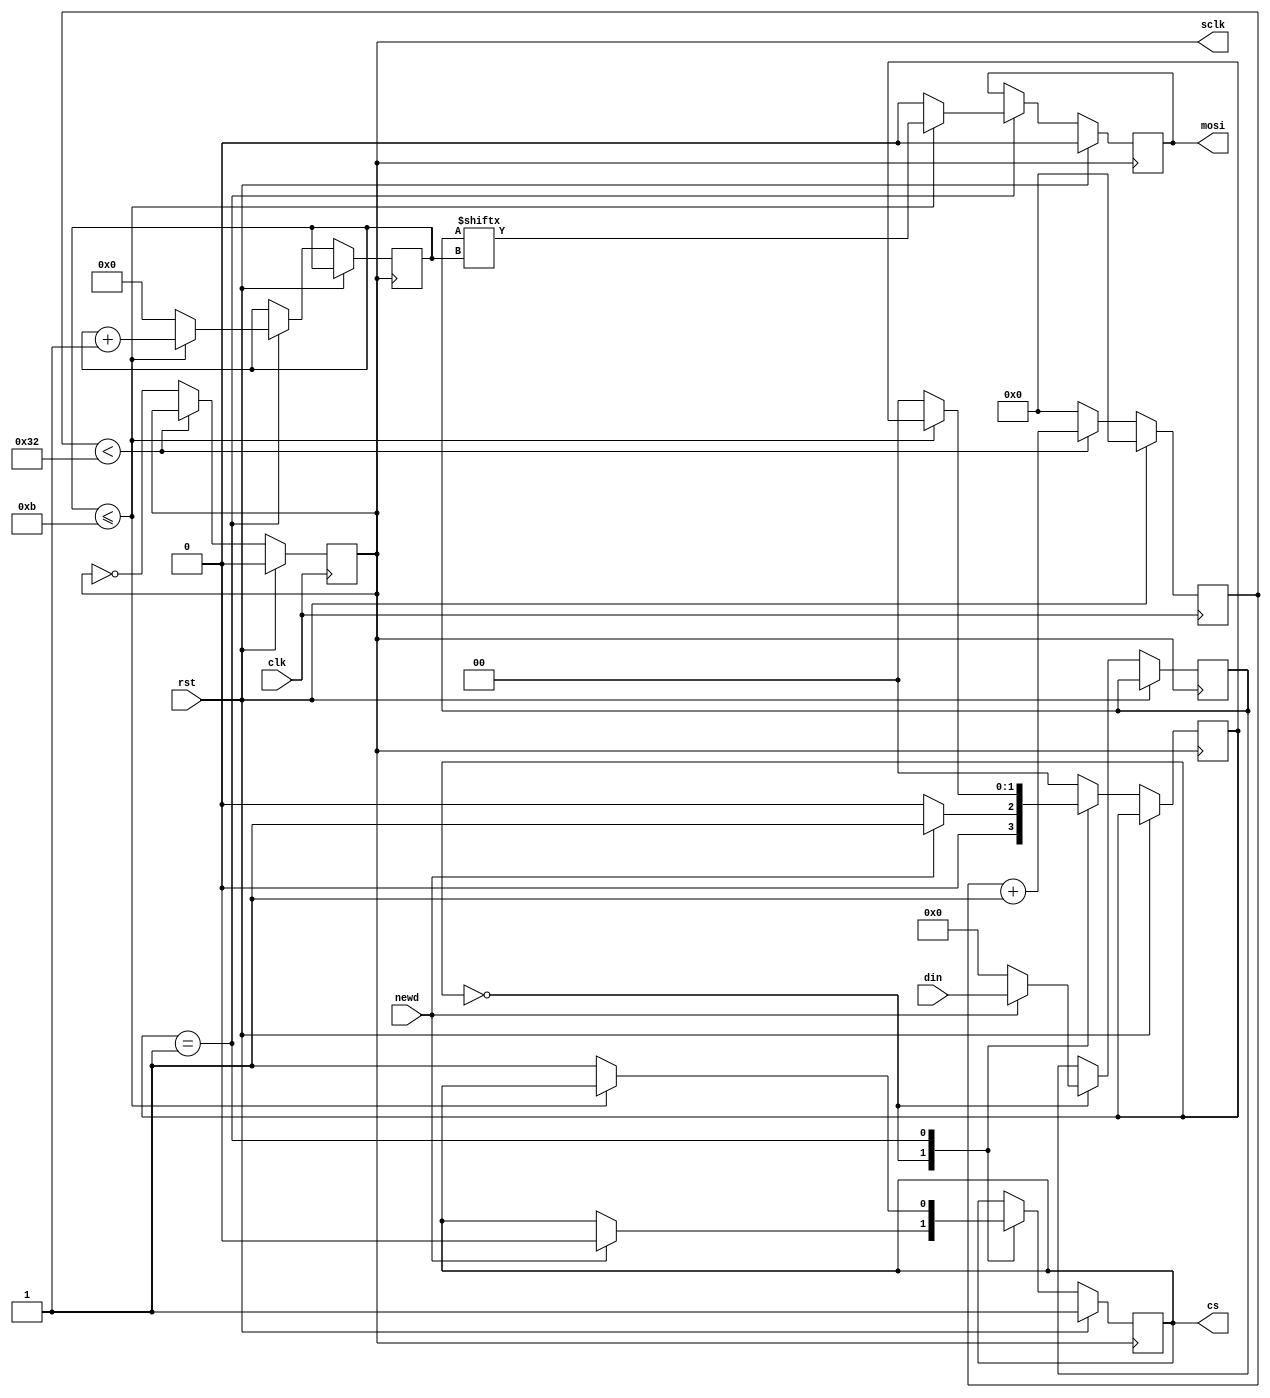
`timescale 1ns / 1ps

 module spi(
input clk, newd,rst,
input [11:0] din, 
output reg sclk,cs,mosi
    );
  
  parameter idle = 2'b00;
  parameter send = 2'b01;
  
  reg [5:0] countc = 0;
  reg [3:0] count = 0;
  
  reg [1:0] state;
 
 //generation of sclk//
 always@(posedge clk)
  begin
    if(rst == 1'b1) begin
      countc <= 0;
      sclk <= 1'b0;
    end
    else begin 
      if(countc < 50 )
          countc <= countc + 1;
      else
          begin
          countc <= 0;
          sclk <= ~sclk;
          end
    end
  end
  
  //state machine//
    reg [11:0] temp;
    
  always@(posedge sclk)
  begin
    if(rst == 1'b1) begin
      cs <= 1'b1; 
      mosi <= 1'b0;
    end
    else begin
     case(state)
         idle:
             begin
               if(newd == 1'b1) begin
                 state <= send;
                 temp <= din; 
                 cs <= 1'b0;
               end
               else begin
                 state <= idle;
                 temp <= 8'h00;
               end
             end
       
       
       send : begin
         if(count <= 11) begin
           mosi <= temp[count]; /////sending lsb first
           count <= count + 1;
         end
         else
             begin
               count <= 0;
               state <= idle;
               cs <= 1'b1;
               mosi <= 1'b0;
             end
       end
       
                
      default : state <= idle; 
       
   endcase
  end 
 end
  
endmodule